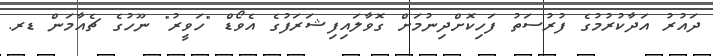
ދައުރު އަދާކުރުމުގެ ފުރުސަތު ފަހިކޮށްދިނުމަށް ގޮވާލައިފިޝަރަފުގެ އެވޯޑް "ހަވީރު" ނޫހުގެ ޗެއާމަން ޑރ.